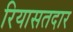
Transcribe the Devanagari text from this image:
रियासतदार